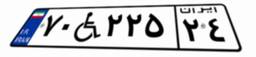
۷۰W۲۲۵۲۴